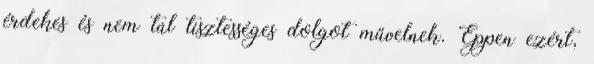
érdekes és nem túl tisztességes dolgot művelnek. Éppen ezért,